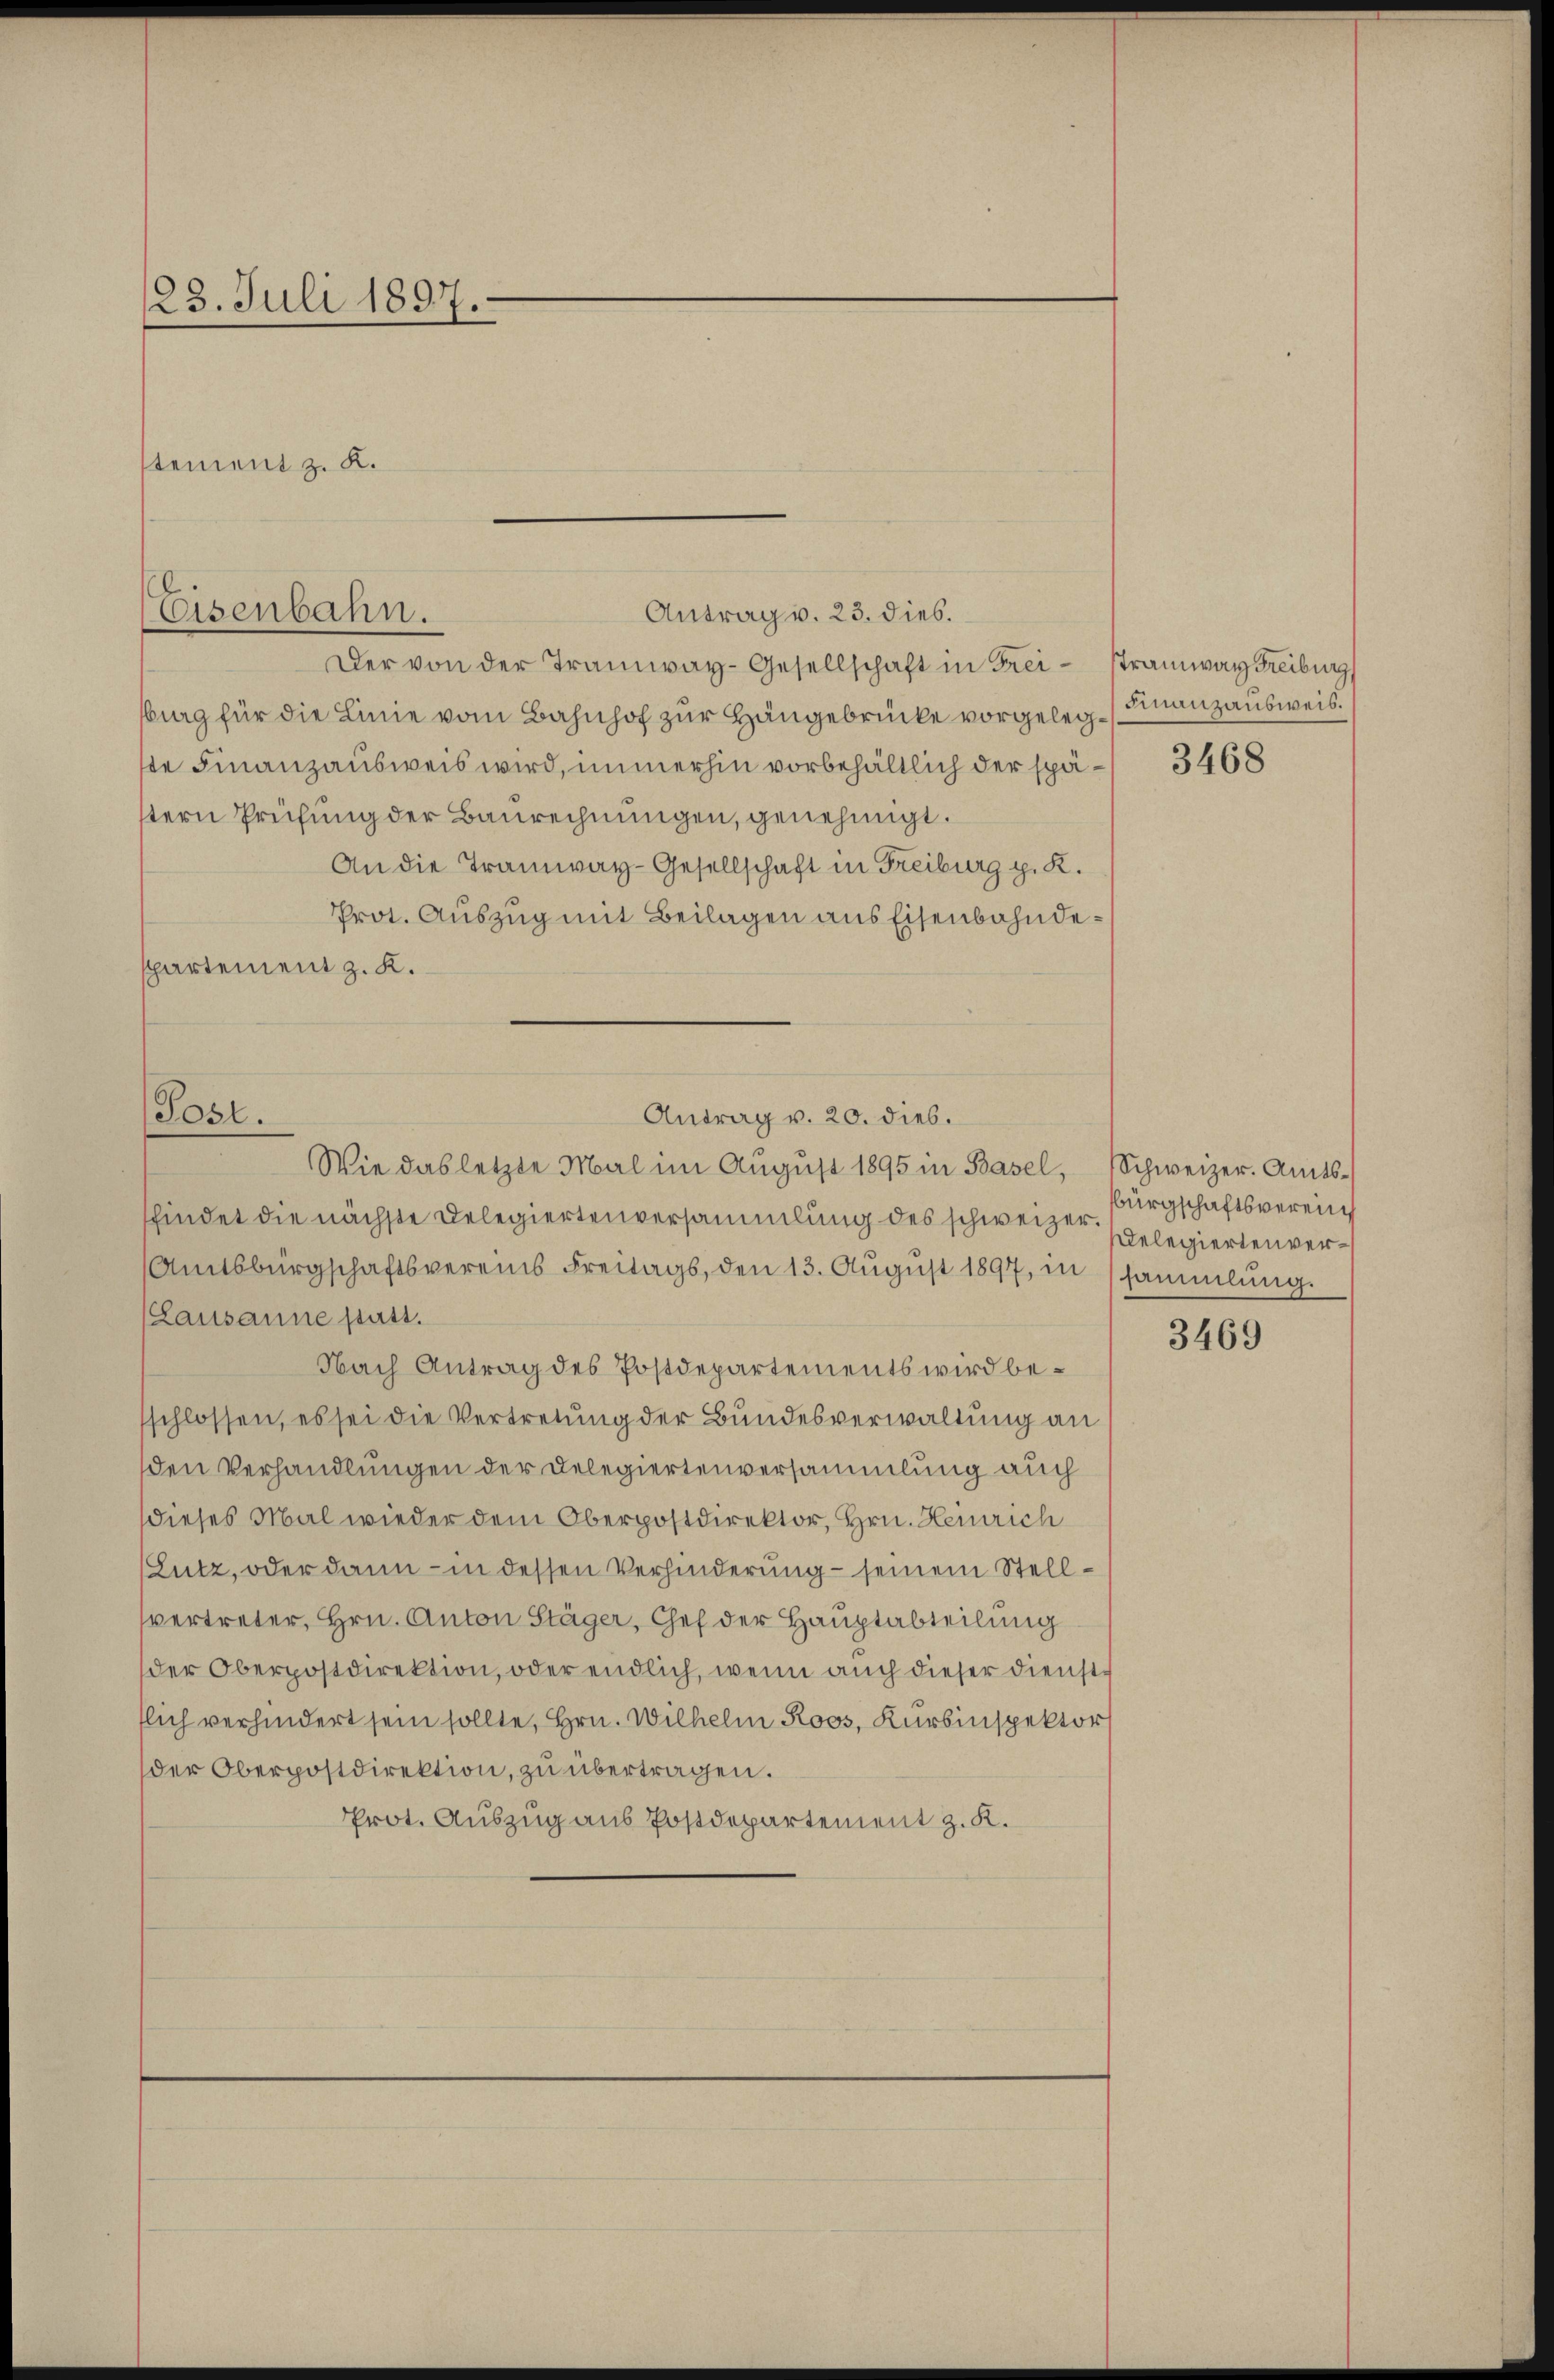
123. Juli 1897.
tement z. K.

Eisenbahn.
Antrag v. 23. dies.

Der von der Tramway-Gesellschaft in Frei- stramwar Freiburg
burg für die Linie vom Bahnhof zur Hängebrücke vorgeleg-Finanzausweis.
ste Finanzausweis wird, immerhin vorbehältlich der spästern Prüfung der Baurechnungen, genehmigt.
An die Tramway-Gesellschaft in Freiburg p. K.
Prot. Auszug mit Beilagen aus Eisenbahndepartement z. K.

sfindet die nächste Delegiertenversammlung des schweizer gelegierten ver¬
Amtsbürgschaftsvereins Freitags, den 13. August 1897, in
Lausanne statt.
Nach Antrag des Postdepartements wird besschlossen, es sei die Vertretung der Bundesverwaltung an
den Verhandlungen der Delegiertenversammlung auch
dieses Mal wieder dem Oberpostdirektor, Hrn. Heinrich
Lutz, oder dann - in dessen Verhinderung – seinem Stellvertreter, Hrn. Anton Stäger, Chef der Hauptabteilung
der Oberpostdirektion, oder endlich, wenn auch dieser diensttlich verhindert sein sollte, Hrn. Wilhelm Roos, Kursinspektors
der Oberpostdirektion, zu übertragen.
Prot. Auszug aus Postdepartement z. K.

Post.
Antrag v. 20. dies.
Wie das letzte Mal im August 1895 in Basel,

3468

Schweizer. Amts¬
Bürgschaftsverein
sammlung.

3469